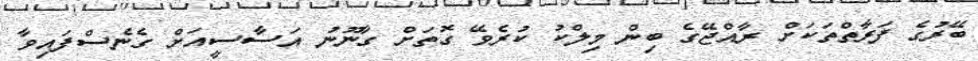
ބޭރުގެ ފަރާތްތަކަށް ރާއްްޖޭގެ ބިން މިލްކު ކުރެވޭ ގޮތަށް ގާނޫނު އަސާސީއަށް ގެނެސްފައިވާ